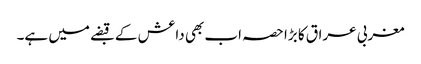
مغربی عراق کا بڑا حصہ اب بھی داعش کے قبضے میں ہے۔